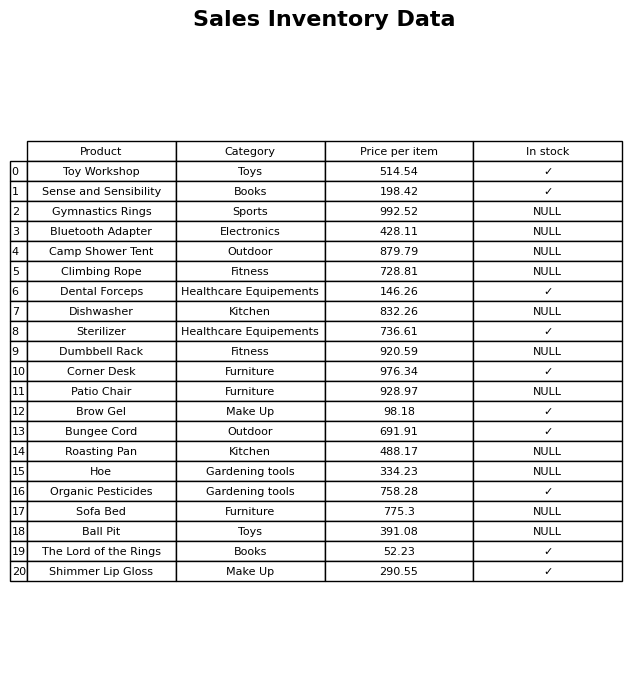
question: Which products are currently out of stock?
answer: Gymnastics Rings, Bluetooth Adapter, Camp Shower Tent, Climbing Rope, Dishwasher, Dumbbell Rack, Patio Chair, Roasting Pan, Hoe, Sofa Bed, Ball Pit